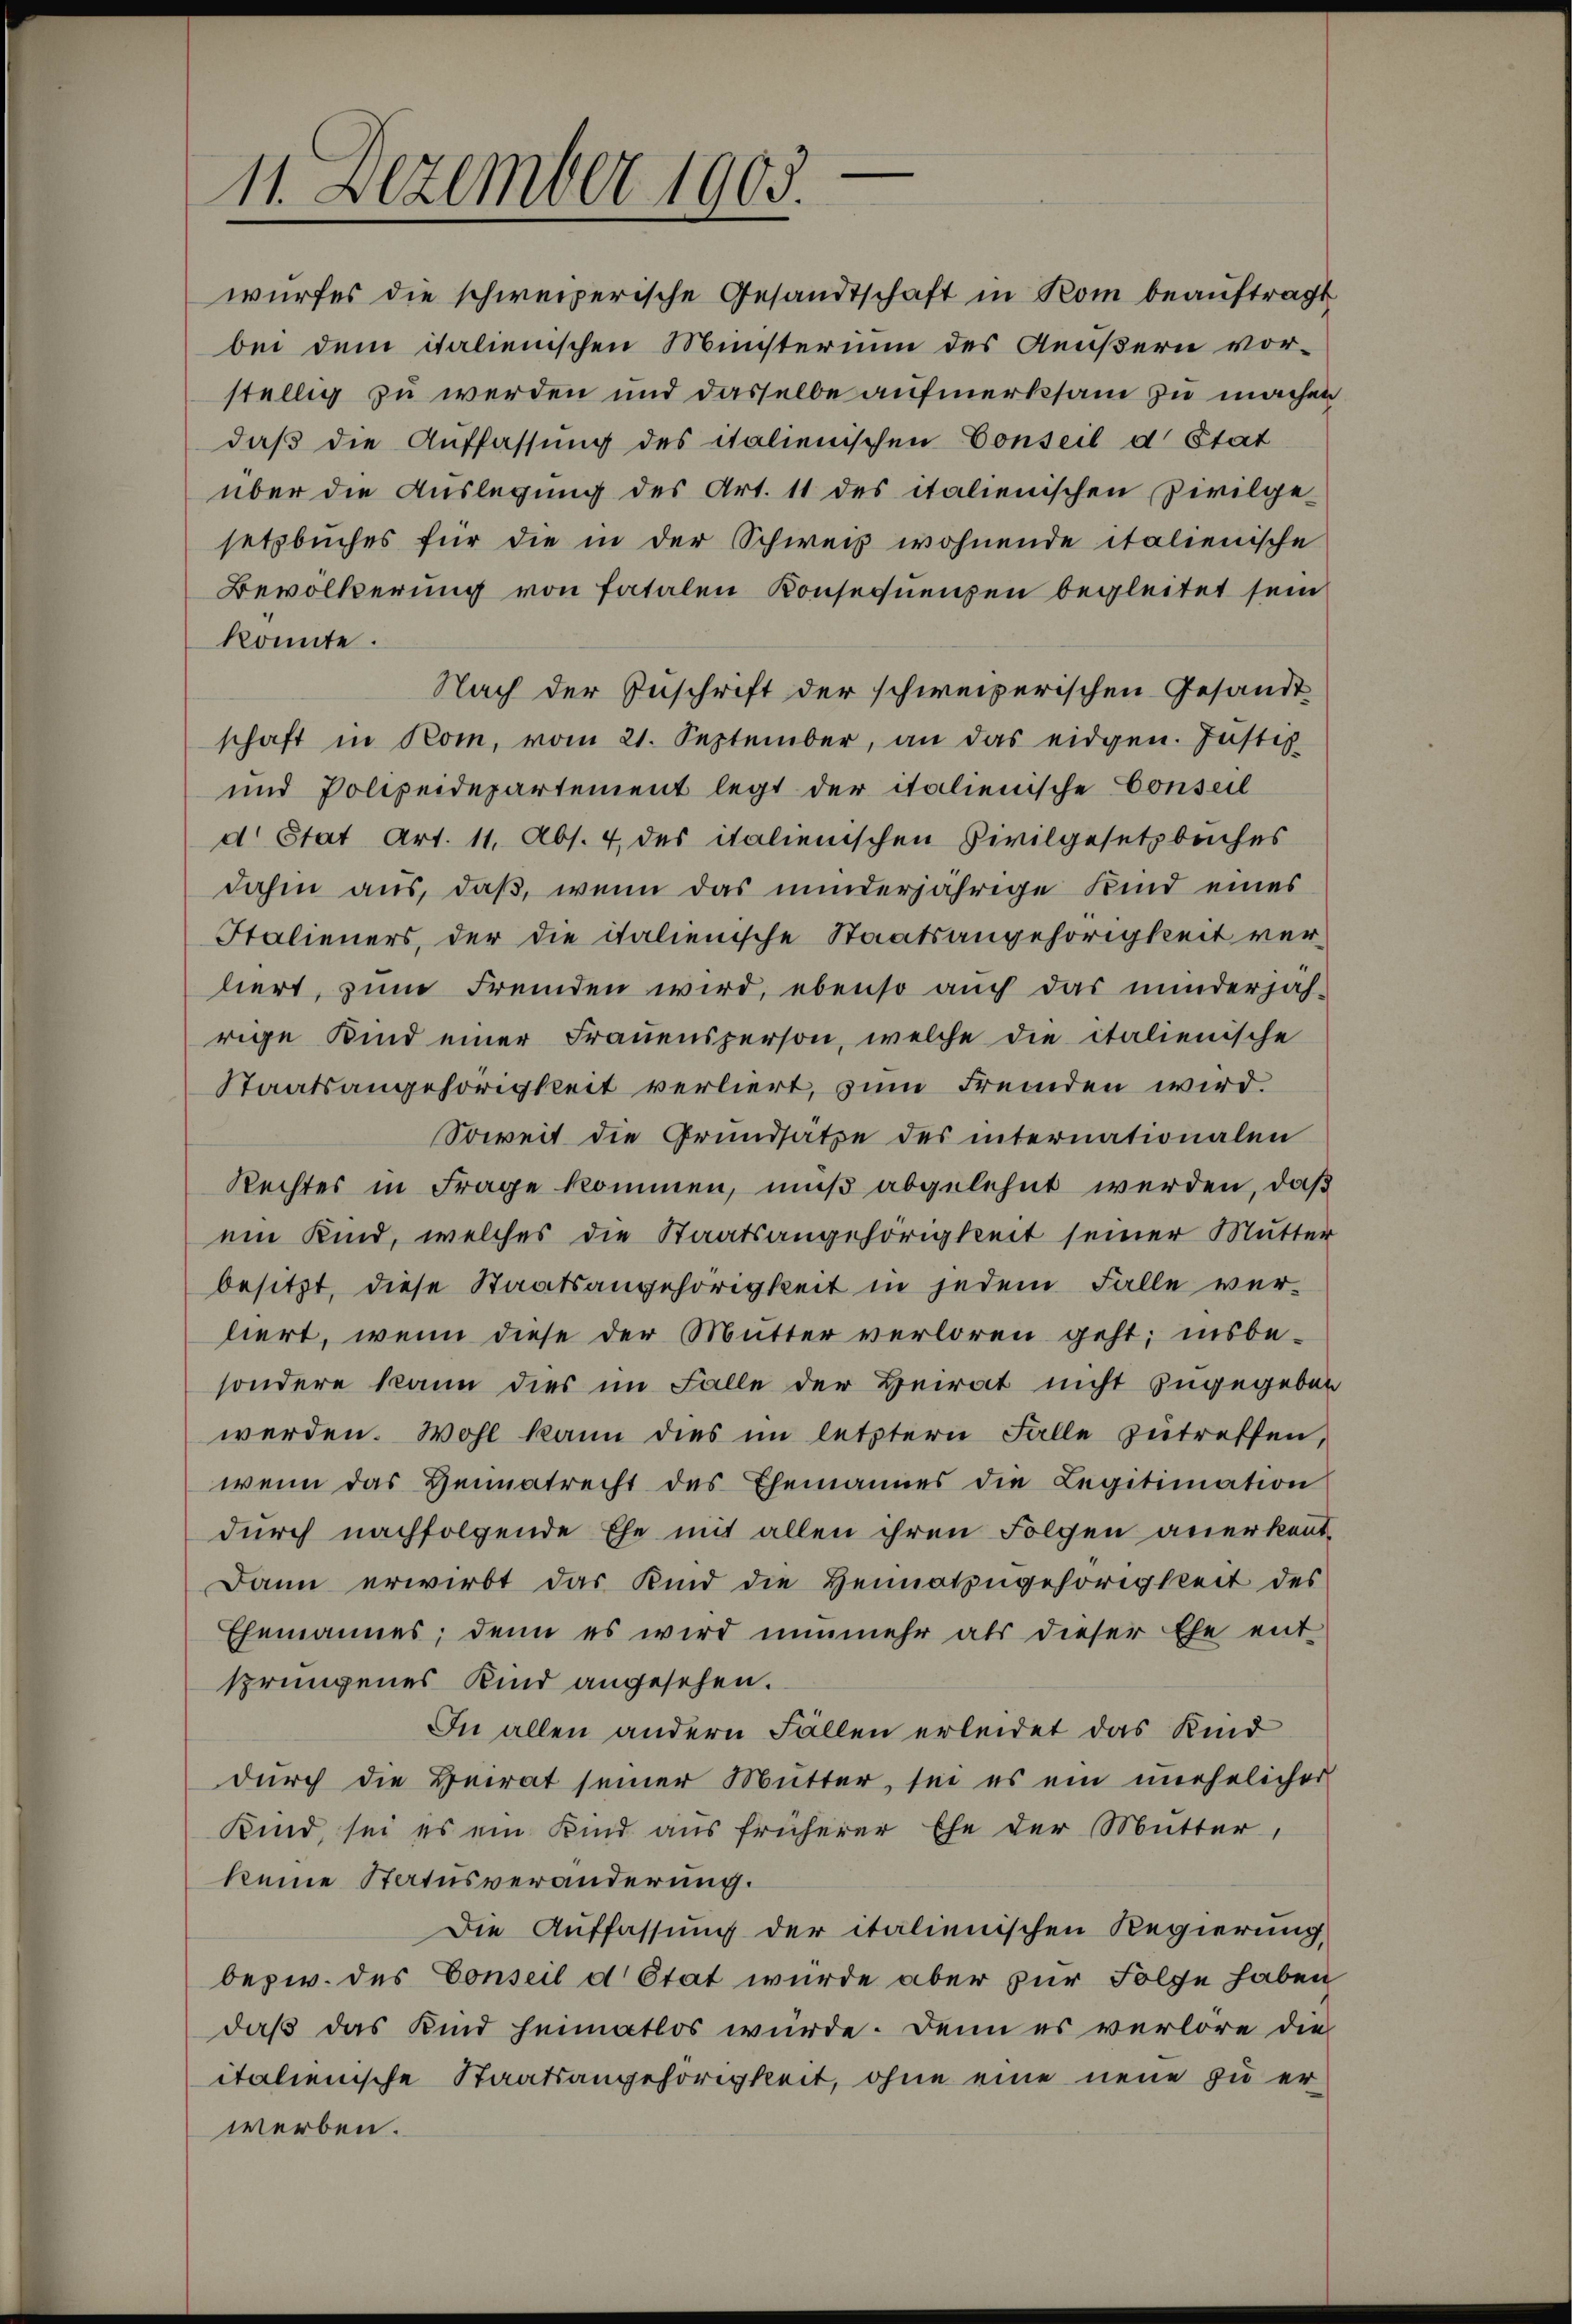
11. Dezember 1903.

wurfes die schweizerische Gesandtschaft in Rom beauftragt
bei dem italienischen Ministerium des Aeußern vor-
stellig zu werden und dasselbe aufmerksam zu machen
daß die Auffassung des italienischen Conseil d’Etat
über die Auslegung des Art. 11 des italienischen Zivilge-
setzbuches für die in der Schweiz wohnende italienische
Bevölkerung von fatalen Konsequenzen begleitet sein
konnte.
Nach der Zuschrift der schweizerischen Gesandtschaft in Rom, vom 21. September, an das eidgen. Justiz
und Polizeidepartement legt der italienische Conseil
d. Stat Art. 11, Abs. 4 des italienischen Civilgesetzbeiches
dahin aus, daß, wenn das minderjährige Kind eines
Italieners, der die italienische Staatsangehörigkeit ver-
liert, zum Fremden wird, ebenso auch das minderjäh-
rige Kind einer Frauensperson, welche die italienische
Staatsangehörigkeit verliert, zum Fremden wird.
Soweit die Grundsätze des internationalen
Rechtes in Frage kommen, muß abgelehnt werden, daß
ein Kind, welches die Staatsangehörigkeit seiner Mutter
besitzt, diese Staatsangehörigkeit in jedem Falle ver-
liert, wenn diese der Mutter verloren geht; insbe-
sondere kann dies im Falle der Heirat nicht zugegeben
werden. Wohl kann dies im letztern Falle zutreffen,
wenn das Heimatrecht des Ehemannes die Legitimation
durch nachfolgende Ehe mit allen ihren Folgen anerkennt,
Dann erwirbt das Kind die Heimatingehörigkeit des
Ehemannes; denn es wird nunmehr als dieser Ehe ent
sprungenes Kind angesehen.
In allen andern Fällen erleidet das Kind
durch die Heirat seiner Mutter, sei es ein unehelicher
Kind, sei es ein Kind aus früherer Ehe der Mutter,
keine Statusveränderung.
Die Auffassung der italienischen Regierung
bezw. des Conseil d’Etat würde aber zur Folge haben
daß das Kind heimatlos würde. Denn es verlore die
italienische Staatsangehörigkeit, ohne eine neue zu erwerben.